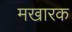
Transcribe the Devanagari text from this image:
मखारक